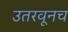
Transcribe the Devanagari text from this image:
उतरवूनच